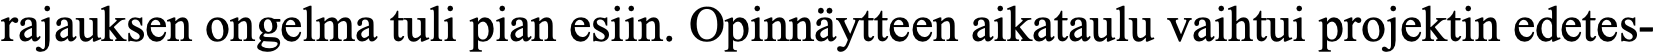
rajauksen ongelma tuli pian esiin. Opinnäytteen aikataulu vaihtui projektin edetes-